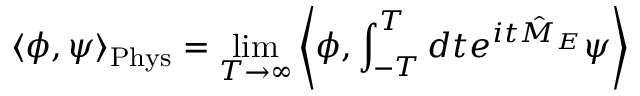
\langle \phi , \psi \rangle _ { \mathrm { P h y s } } = \operatorname* { l i m } _ { T \to \infty } \left\langle \phi , \int _ { - T } ^ { T } d t e ^ { i t { \hat { M } } _ { E } } \psi \right\rangle